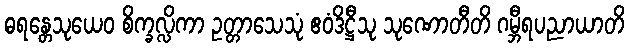
ဓရန္တေသုယေဝ စိက္ခလ္လိကာ ဥတ္တာသေသုံ ဧဝံဒိဋ္ဌီသု သုဏောတီတိ ဂမ္ဘီရပညာယာတိ